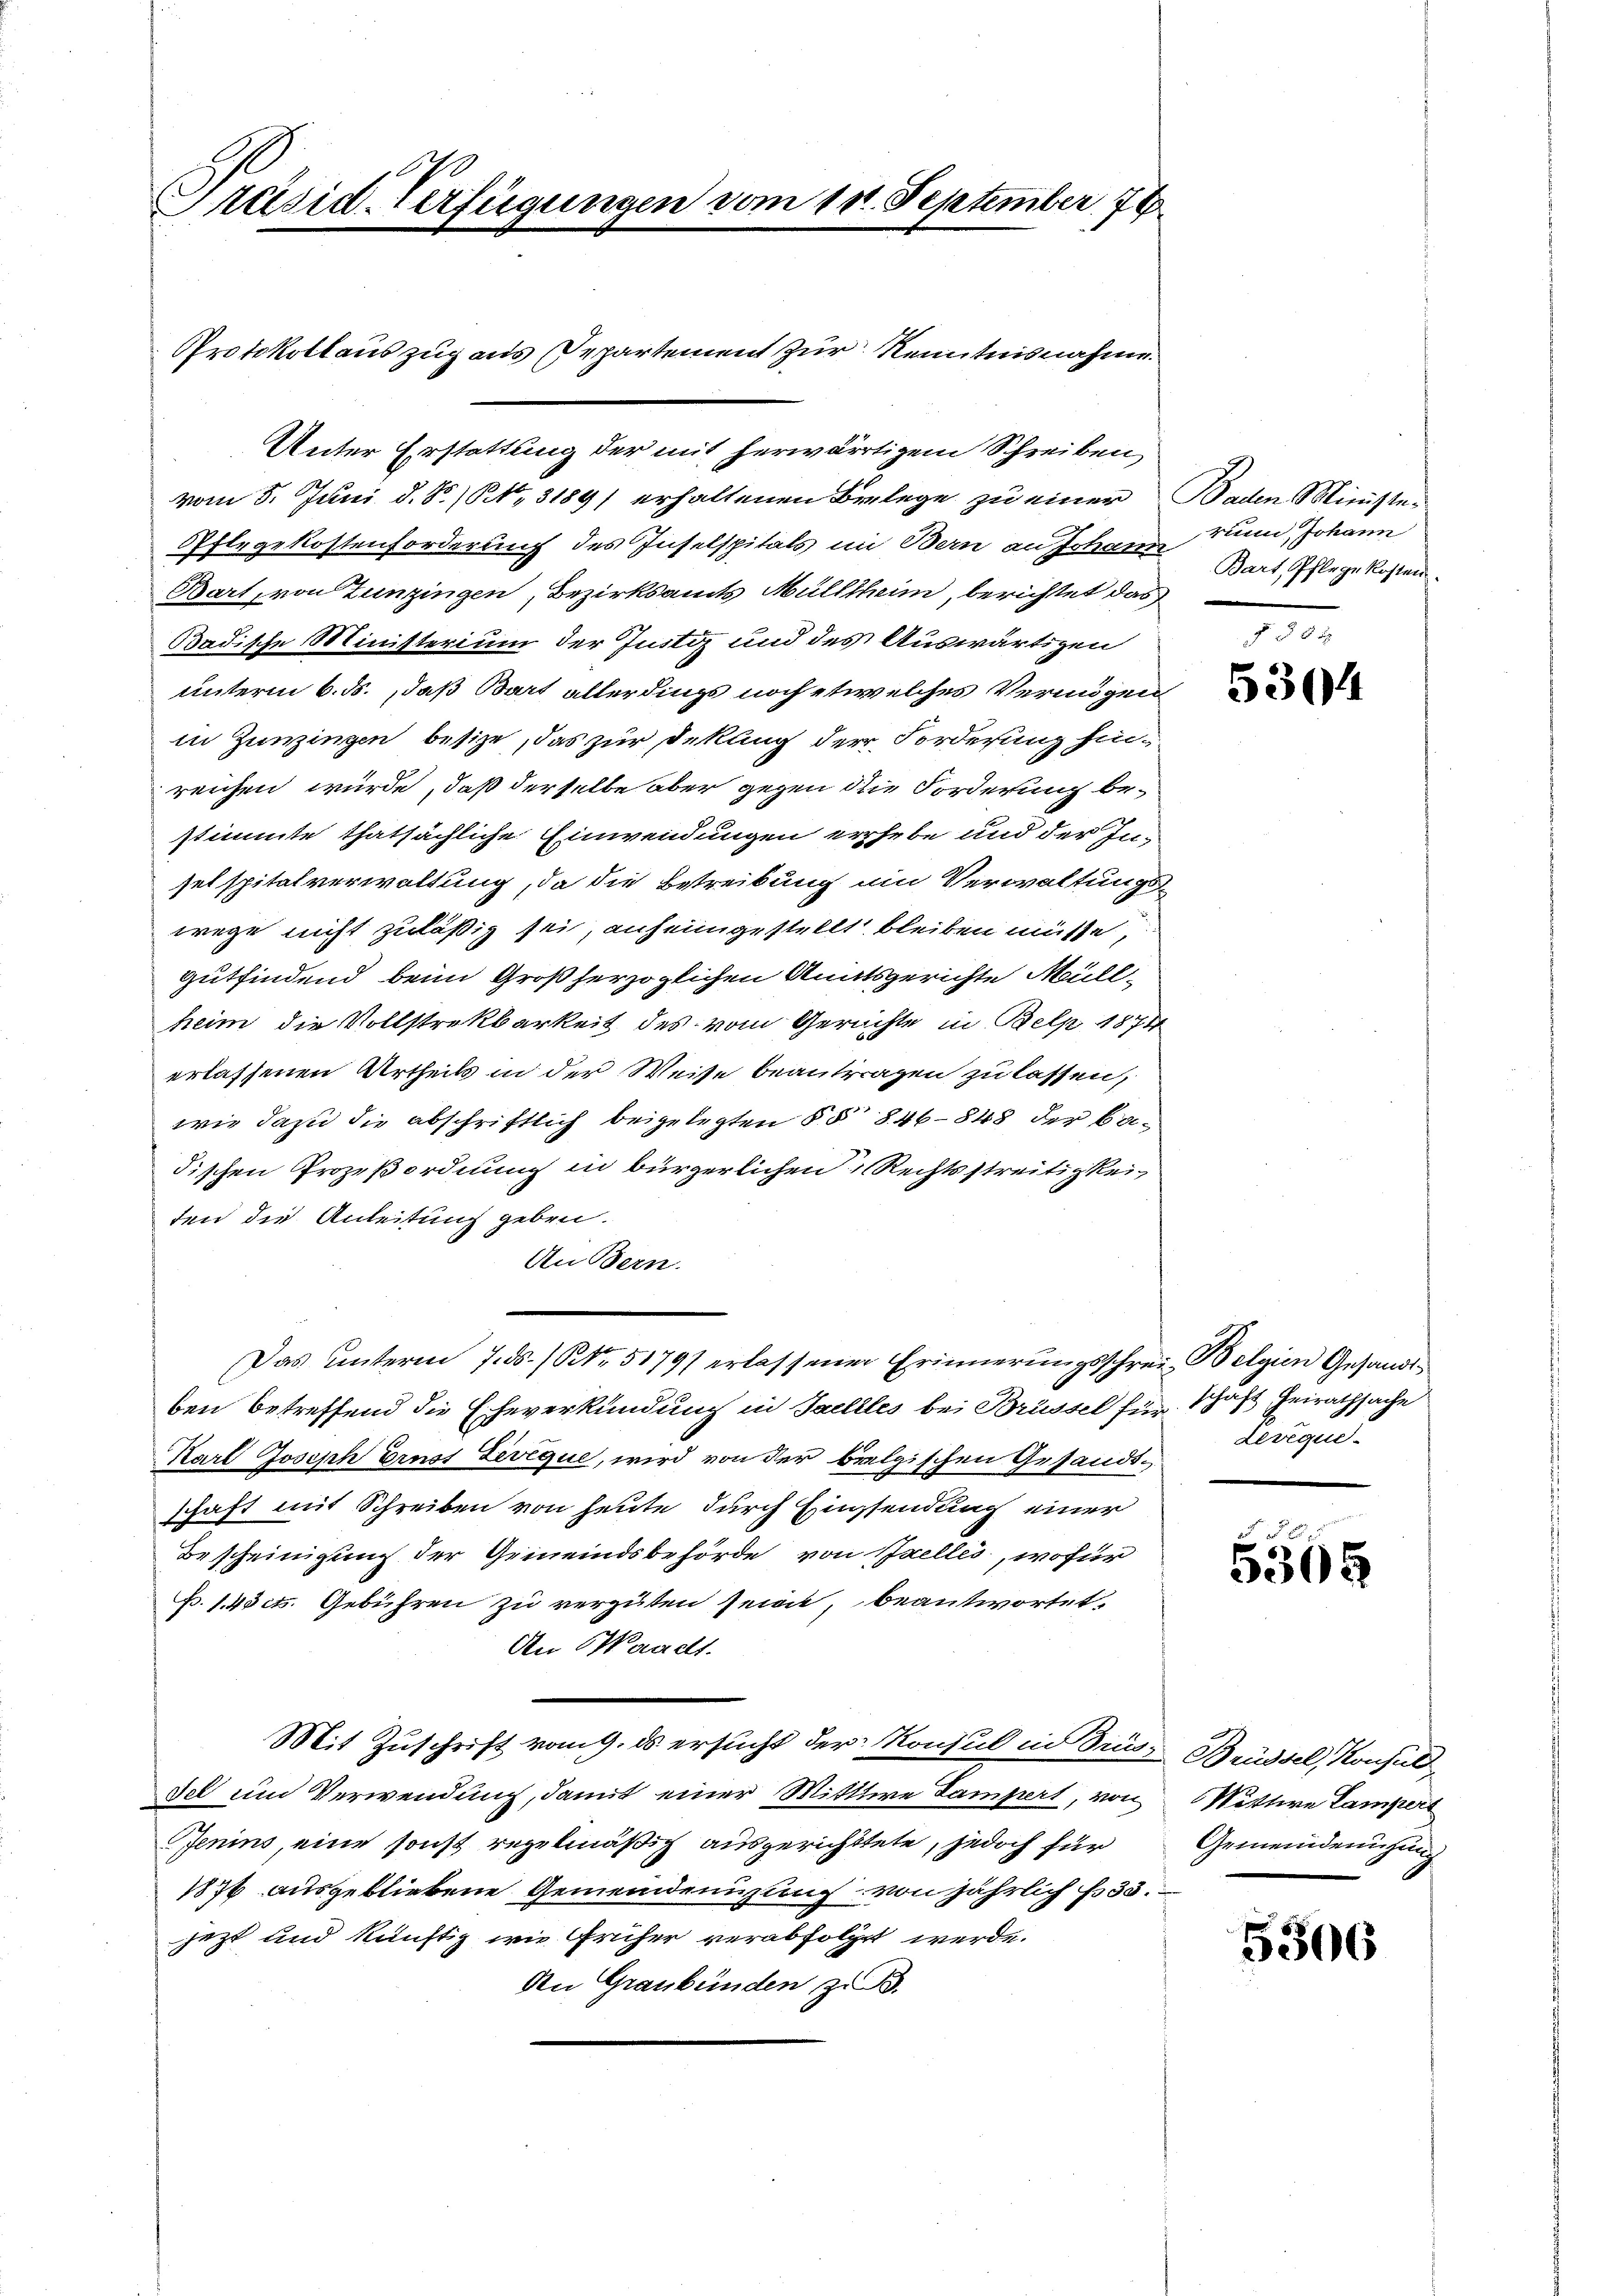
Präsid-Verfügungen vom 11. September 78

Protokollaus zug aus Departement zur Kenntnisnahme.
Unter Erstattung der mit herwärtigem Schreiben,
vom 5. Juni d. S. N. N. 3189) erhaltenen Belege zu einer Baden Ministeflegekostenforderung des Inselspitals im Bern an Johann
Bart, von Zunzingen, Bezirksamts Müllheim, berichtet das
Badische Ministerium der Justiz und des Auswärtigen
unterm 6. ds., daß Bart allerdings noch etwelches Vermögen
in Zunzingen besize, das zur Dekling der Forderung hinreichen würde, daß derselbe aber gegen die Forderung bestimmte thatsächliche Einwendungen erhebe und der Insel spitalverwaltung, da die Betreibung um Verwaltungswege nicht zuläßig sei, anheimgestellt bleiben müsse,
Gutfindend beim Großherzoglichen Anatsgerichte Müllheim die Vollstrekbarkeit des vom Gerichte in Belp 1874
erlassenen Urtheils in der Weise beantragen zu lassen,
wie dazu die abschriftlich beigelegten §§ 846 - 848 der Badischen Prozeßordnung in bürgerlichen Rechtsstreitigkeiten die Anleitung geben.
An Bern.
Das Unterm 7. ds. / Nr. 51791 erlassener Erinnerungsschrei- Belgien Gesandt-
ben betreffend die Eheverkündung in Saellles bei Brüssel für schaft Heirathsache
Karl Joseph Brust Zevique, wird von der belgischen Gesandtschaft mit Schreiben von heute durch Einsendung einer
Bescheinigung der Gemeindsbehörde von Zelles, wofür
p. 1. 43it. Gebühren zu vergüten seien, beantwortet.
An Waacht.
Mit Zuschrift vom 9. ds ersucht der Konsul in Drus- Brüssel, Konsult
Fel und Verwendung, damit einer Wittwe Lampert, von Wittwe Campert
fenins, eine sonst regelmäßig ausgerichttete, jedoch für
1876 ausgebliebene Gemeindemühung von jährlich f. 33.
jezt und künftig wie früher verabfolgt werde.
An Graubünden zu B.

rum, Johann
Bart, Pflege Kosten.

5304

Levigue

2
5565

Gemeinderugung

5306